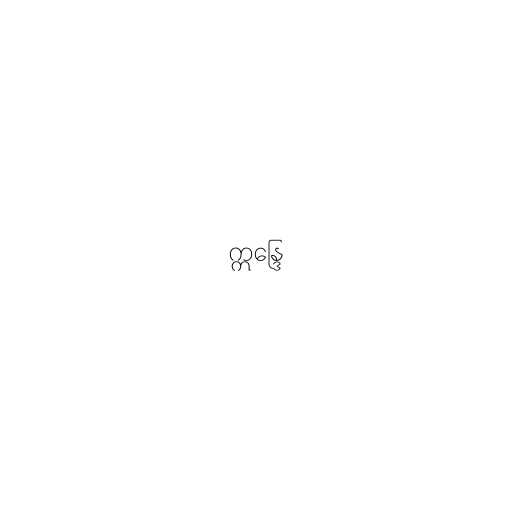
ဣန္ဒြေ